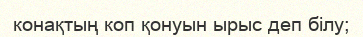
конақтың коп қонуын ырыс деп білу;